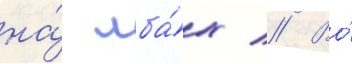
на́ лба́х // Во́